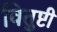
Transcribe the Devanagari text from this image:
वितुष्टी